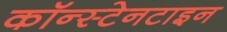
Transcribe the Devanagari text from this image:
कॉन्स्टेनटाइन